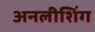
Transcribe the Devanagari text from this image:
अनलीशिंग